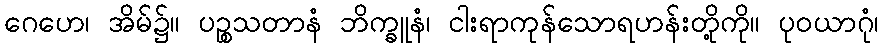
ဂေဟေ၊ အိမ်၌။ ပဉ္စသတာနံ ဘိက္ခူနံ၊ ငါးရာကုန်သောရဟန်းတို့ကို။ ပုဝယာဂုံ၊